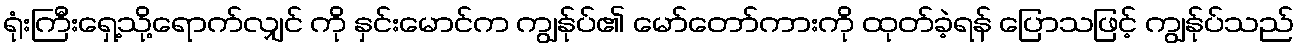
ရုံးကြီးရှေ့သို့ရောက်လျှင် ကို နှင်းမောင်က ကျွန်ုပ်၏ မော်တော်ကားကို ထုတ်ခဲ့ရန် ပြောသဖြင့် ကျွန်ုပ်သည်